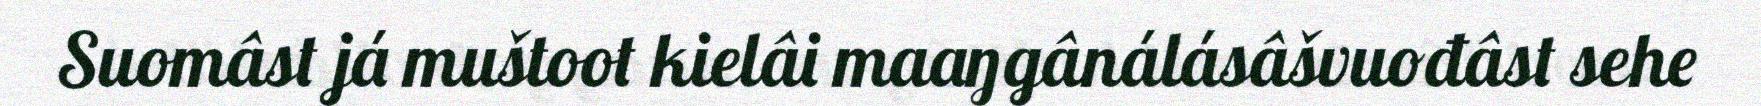
Suomâst já muštoot kielâi maaŋgânálásâšvuođâst sehe